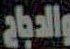
والدجاج